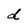
Character: d